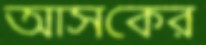
আসকের